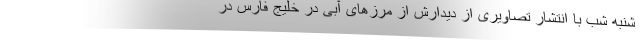
شنبه شب با انتشار تصاویری از دیدارش از مرزهای آبی در خلیج فارس در